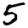
Digit: 5